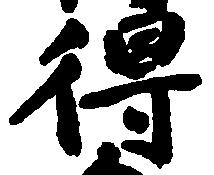
得